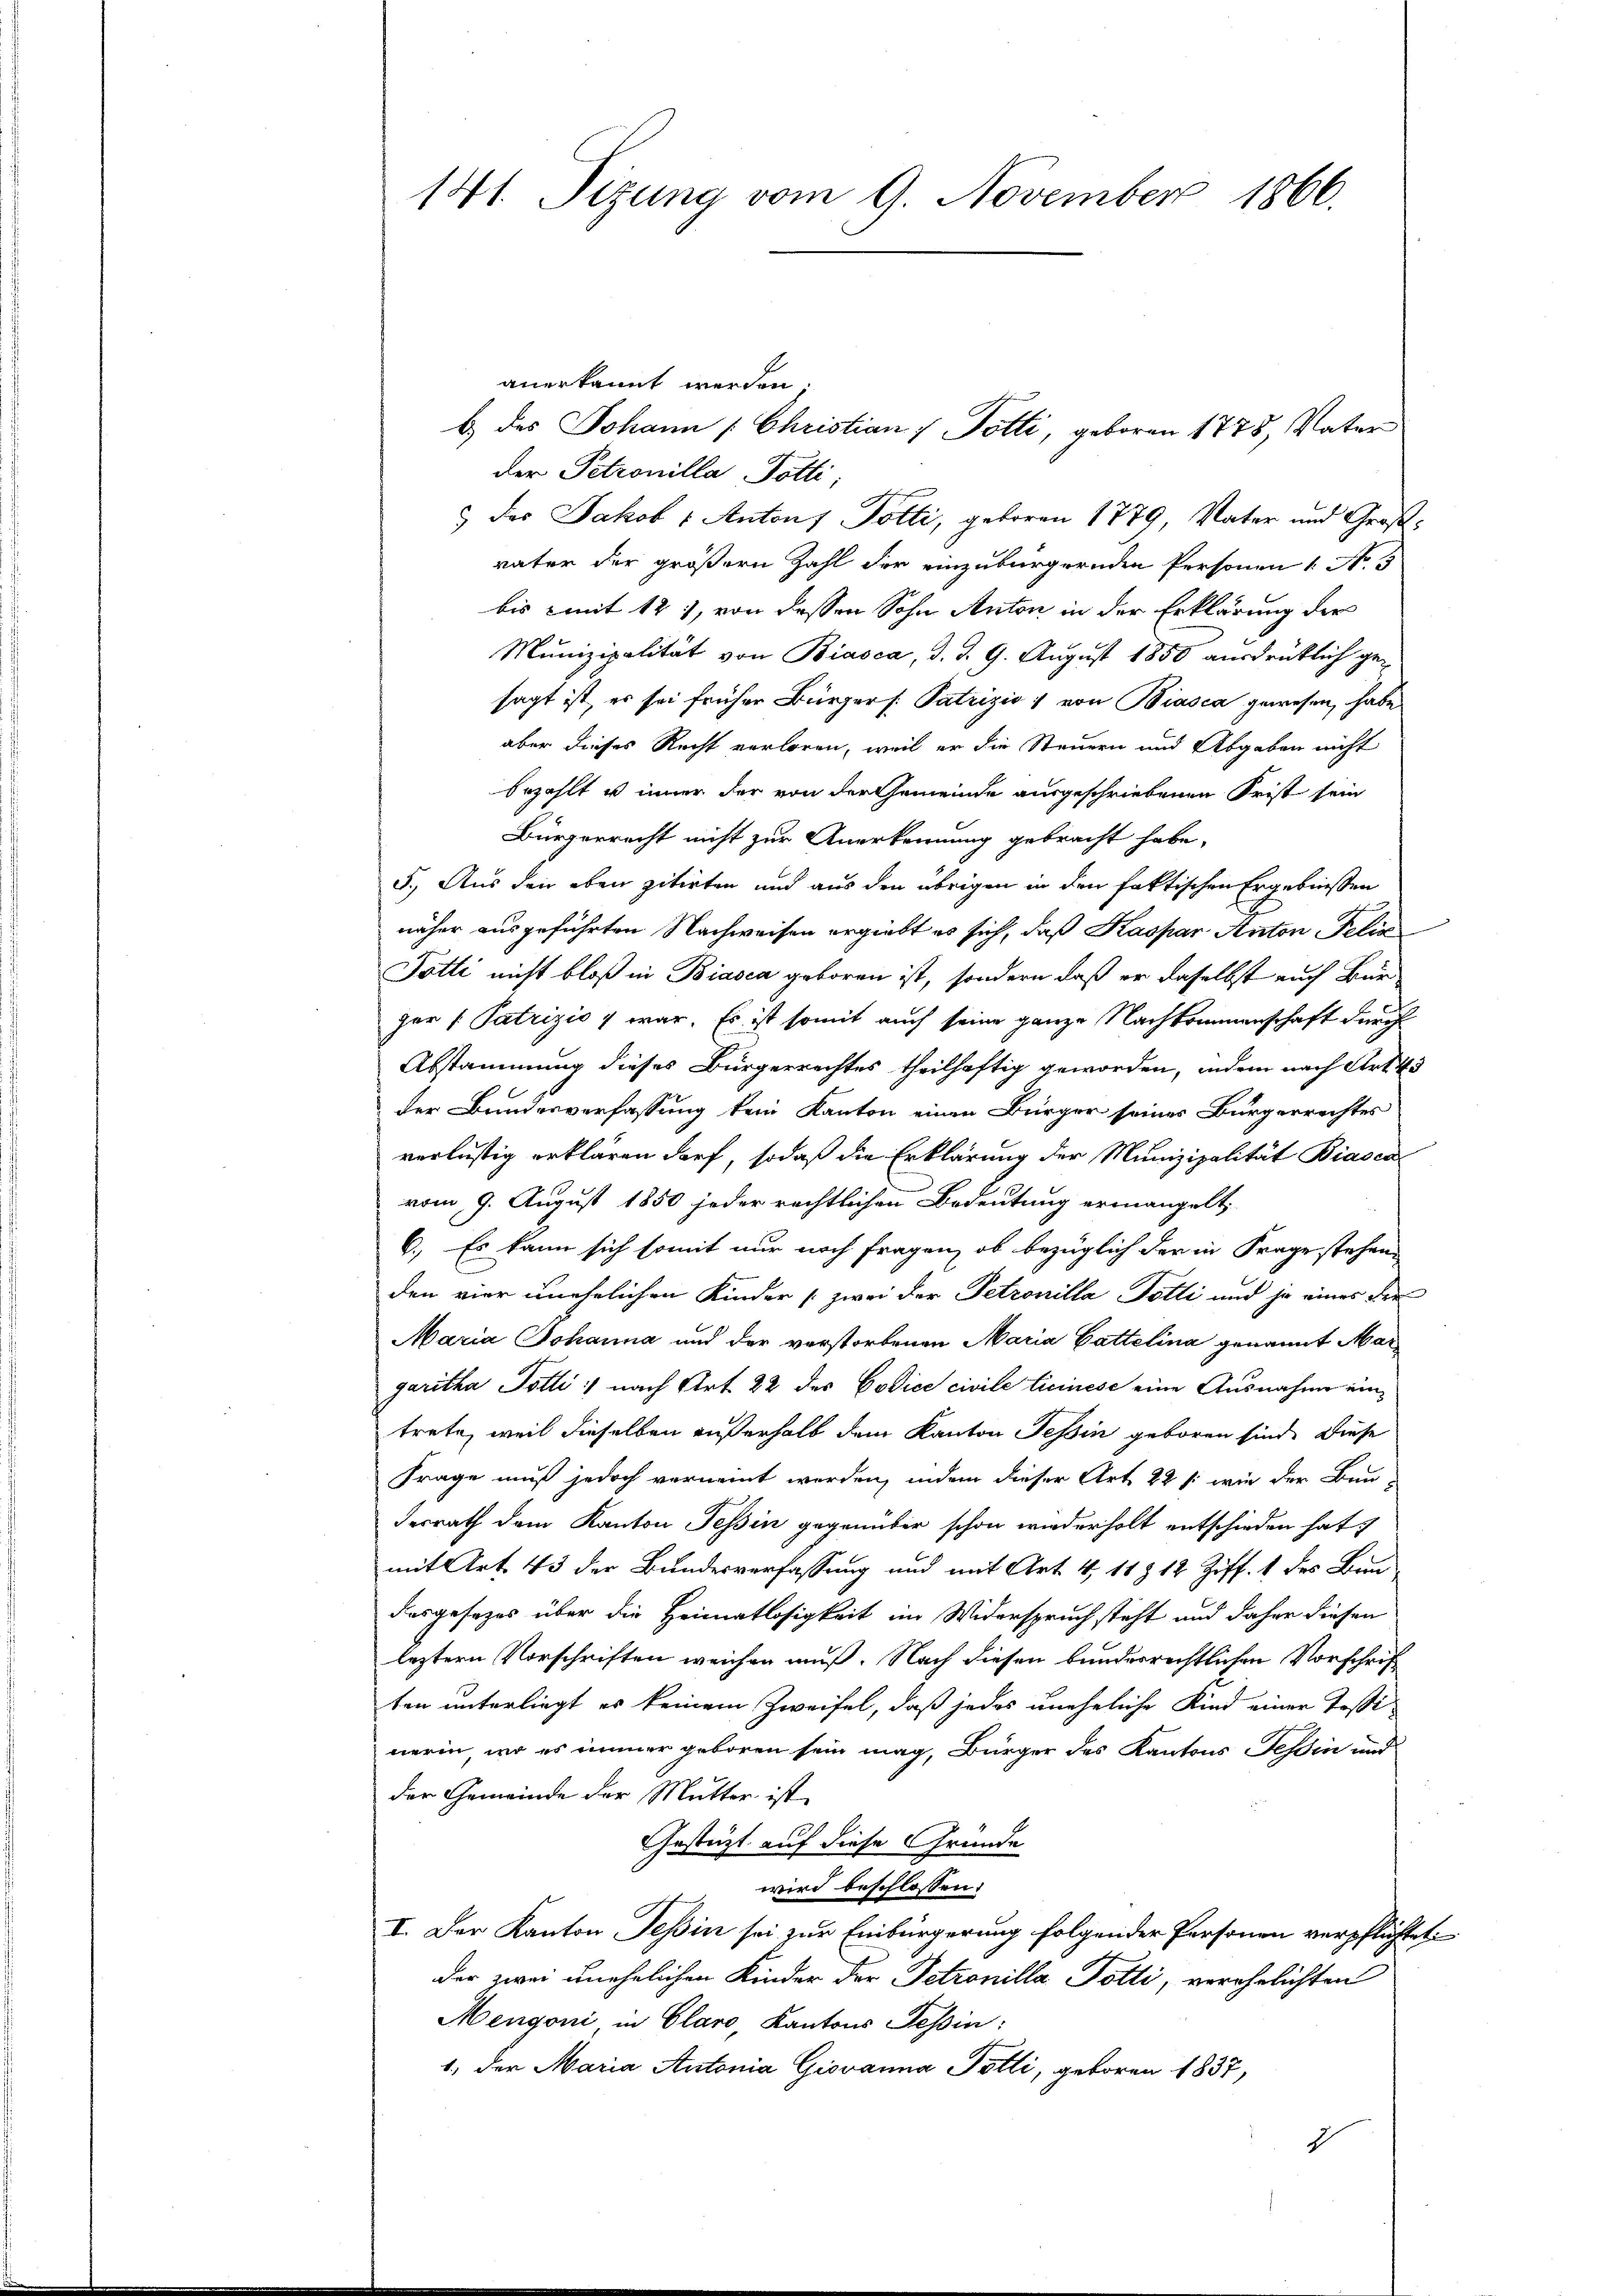
141. Sizung vom 9. November 1866.

anerkannt werden.
b.) des Johann [Christian / Potti, geboren 1775, Vater
der Petrouilla Potti,
 das Jakob - Antons Potti, geboren 1779, Vater und Großväter der größern Zahl der einzubürgernden Personen 1. No 3
bis mit 121, von dessen Sohn Anton in der Erklärung der
Munizipalität von Biasca, d. d. 9. August 1850 ausdrüklich gesagt ist, es sei früher Bürgers Patrizio : von Biasca gewesen, habe
aber dieses Recht verloren, weil er die Steuern und Abgaben nicht
bezahlt u inner der von der Gemeinde ausgeschriebenen Frist sein
Bürgerrecht nicht zur Anerkennung gebracht habe,
5.) Aus den eben zitirten und aus den übrigen in den faktischen Ergebnissen
näher ausgeführten Nachweisen ergiebt es sich, daß Kaspar Anton Felia
Totti nicht bloß in Biasca geboren ist, sondern daß er daselbst auch Bürger Patrizio war. Es ist somit auch seine ganze Nachkommenschaft durch
Abstammung dieses Bürgerrechtes theilhaftig geworden, indem nach Art. 43
der Bundesverfassung kein Kanton einen Bürger seines Bürgerrechtes
verlustig erklären darf, sodaß die Erklärung der Munizipalität Biaden
vom 9. August 1850 jeder rechtlichen Bedeutung ermangelt,
6.) Es kann sich somit nur noch fragen, ob bezüglich der in Frage stehen.
den vier unehelichen Kinder (zwei der Petronilla Potti und je eines der
Maria Johanna und der verstorbenen Maria Gattelina genannt Mar
garitha Totti :) nach Art. 22 des Codice civile licinese eine Ausnahme eintrete, weil dieselben außerhalb dem Kanton Tessin geboren sind. Diese
Frage muß jedoch verneint worden, indem dieser Art 22 /: wie der Bau-
derrath dem Kanton Tessin gegenüber schon wiederholt entschieden hat.
mit Art. 43 der Bundesverfassung und mit Art. 4, 11 & 12 Ziff. 1 des Bau
dasgesezes über die Heimatlosigkeit im Widerspruch steht und daher diesen
leztern Vorschriften weichen muß. Nach diesen bunderrechtlichen Vorschrift
ten unterliegt es keinem Zweifel, daß jedes uneheliche Kind einer Tosinerin, wo es immer geboren sein mag, Bürger des Kantons Tessin und
der Gemeinde der Mutter ist
Gestützt auf diese Gründe
wird beschlossen:
I. Der Kanton Tessin sei zur Einbürgerung folgender Personen verpflichtet
der zwei unehelichen Kinder der Petrouilla Potti, verehelichten
Mengoni in Glaro, Kantons Tessin:
1., der Maria Antonia Giovanna Potti, geboren 1837,
2